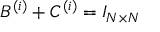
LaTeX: B ^ { ( i ) } + C ^ { ( i ) } = I _ { N \times N }